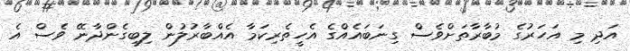
އަދި މި އަހަރުގެ މުބާރާތަށްވެސް ގިނަބައެއްގެ އެހީތެރިކަމާ އެއްބާރުލުން ލިބިގެންދާނޭ ވެސް އެ